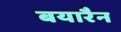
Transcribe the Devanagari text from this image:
बयारैन